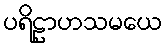
ပရိဠာဟသမယေ